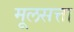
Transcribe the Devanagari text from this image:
मूलसत्ता